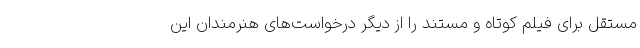
مستقل برای فیلم کوتاه و مستند را از دیگر درخواست‌های هنرمندان این